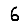
Digit: 6